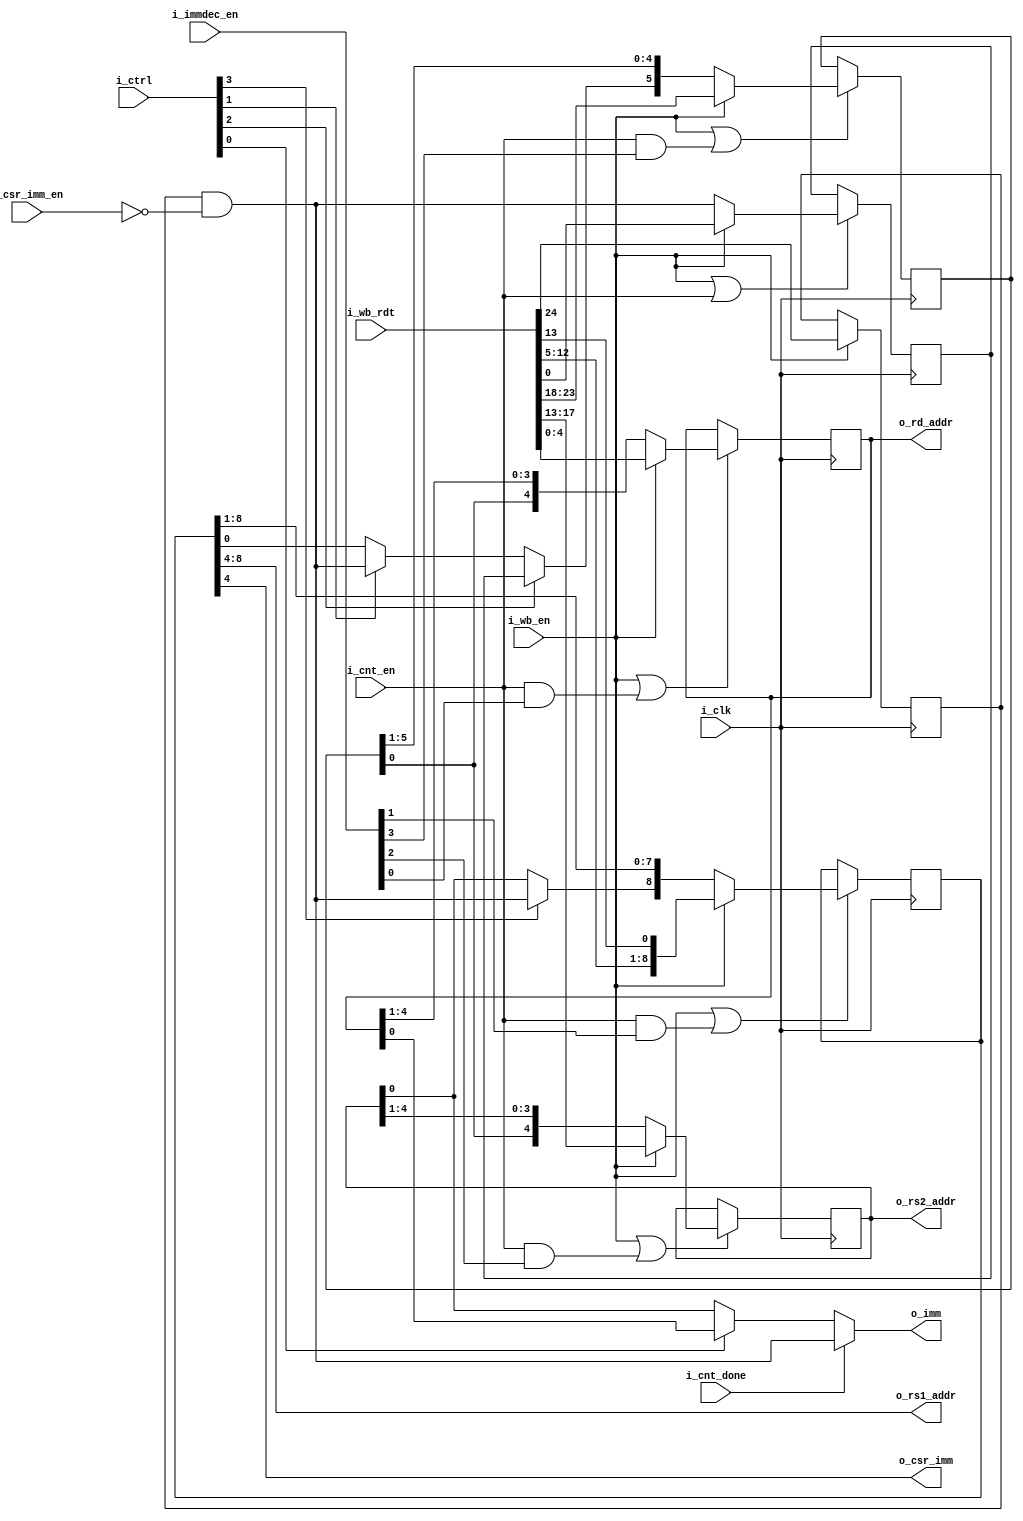
`default_nettype none
module serv_immdec
  #(parameter SHARED_RFADDR_IMM_REGS = 1)
  (
   input wire 	     i_clk,
   //State
   input wire 	     i_cnt_en,
   input wire 	     i_cnt_done,
   //Control
   input wire [3:0]  i_immdec_en,
   input wire 	     i_csr_imm_en,
   input wire [3:0]  i_ctrl,
   output wire [4:0] o_rd_addr,
   output wire [4:0] o_rs1_addr,
   output wire [4:0] o_rs2_addr,
   //Data
   output wire 	     o_csr_imm,
   output wire 	     o_imm,
   //External
   input wire 	     i_wb_en,
   input wire [31:7] i_wb_rdt);

   reg 		     imm31;

   reg [8:0]  imm19_12_20;
   reg 	      imm7;
   reg [5:0]  imm30_25;
   reg [4:0]  imm24_20;
   reg [4:0]  imm11_7;

   assign o_csr_imm = imm19_12_20[4];

   wire       signbit = imm31 & !i_csr_imm_en;

   generate
      if (SHARED_RFADDR_IMM_REGS) begin : gen_shared_imm_regs
	 assign o_rs1_addr = imm19_12_20[8:4];
	 assign o_rs2_addr = imm24_20;
	 assign o_rd_addr  = imm11_7;

	 always @(posedge i_clk) begin
	    if (i_wb_en) begin
	       /* CSR immediates are always zero-extended, hence clear the signbit */
	       imm31     <= i_wb_rdt[31];
	    end
	    if (i_wb_en | (i_cnt_en & i_immdec_en[1]))
	      imm19_12_20 <= i_wb_en ? {i_wb_rdt[19:12],i_wb_rdt[20]} : {i_ctrl[3] ? signbit : imm24_20[0], imm19_12_20[8:1]};
	    if (i_wb_en | (i_cnt_en))
	      imm7        <= i_wb_en ? i_wb_rdt[7]                    : signbit;

	    if (i_wb_en | (i_cnt_en & i_immdec_en[3]))
	      imm30_25    <= i_wb_en ? i_wb_rdt[30:25] : {i_ctrl[2] ? imm7 : i_ctrl[1] ? signbit : imm19_12_20[0], imm30_25[5:1]};

	    if (i_wb_en | (i_cnt_en & i_immdec_en[2]))
	      imm24_20    <= i_wb_en ? i_wb_rdt[24:20] : {imm30_25[0], imm24_20[4:1]};

	    if (i_wb_en | (i_cnt_en & i_immdec_en[0]))
	      imm11_7     <= i_wb_en ? i_wb_rdt[11:7] : {imm30_25[0], imm11_7[4:1]};
	 end
      end else begin : gen_separate_imm_regs
	 reg [4:0]  rd_addr;
	 reg [4:0]  rs1_addr;
	 reg [4:0]  rs2_addr;

	 assign o_rd_addr  = rd_addr;
	 assign o_rs1_addr = rs1_addr;
	 assign o_rs2_addr = rs2_addr;
	 always @(posedge i_clk) begin
	    if (i_wb_en) begin
	       /* CSR immediates are always zero-extended, hence clear the signbit */
	       imm31       <= i_wb_rdt[31];
	       imm19_12_20 <= {i_wb_rdt[19:12],i_wb_rdt[20]};
	       imm7        <= i_wb_rdt[7];
	       imm30_25    <= i_wb_rdt[30:25];
	       imm24_20    <= i_wb_rdt[24:20];
	       imm11_7     <= i_wb_rdt[11:7];

               rd_addr  <= i_wb_rdt[11:7];
               rs1_addr <= i_wb_rdt[19:15];
               rs2_addr <= i_wb_rdt[24:20];
	    end
	    if (i_cnt_en) begin
	       imm19_12_20 <= {i_ctrl[3] ? signbit : imm24_20[0], imm19_12_20[8:1]};
	       imm7        <= signbit;
	       imm30_25    <= {i_ctrl[2] ? imm7 : i_ctrl[1] ? signbit : imm19_12_20[0], imm30_25[5:1]};
	       imm24_20    <= {imm30_25[0], imm24_20[4:1]};
	       imm11_7     <= {imm30_25[0], imm11_7[4:1]};
	    end
	 end
      end
   endgenerate

	 assign o_imm = i_cnt_done ? signbit : i_ctrl[0] ? imm11_7[0] : imm24_20[0];

endmodule